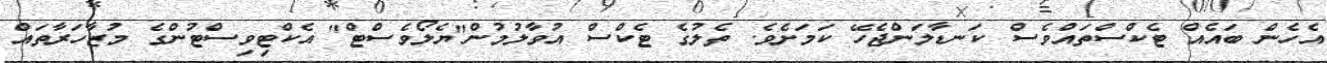
އެހެން ބައެއް ޓެކްސްތައްވެސް ކަނޑާލަންޖެހޭ ކަމަށެވެ. ތެލުގެ ޓެކްސް އުވާލުމުން"ޔެލޯވެސްޓް" އެކްޓިވިސްޓުންގެ މުޒާހަރާތައް